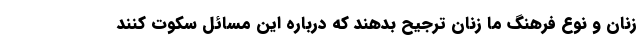
زنان و نوع فرهنگ ما زنان ترجیح بدهند که درباره این مسائل سکوت کنند